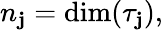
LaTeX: n_{\mathbf{j}}=\dim(\tau_{\mathbf{j}}),